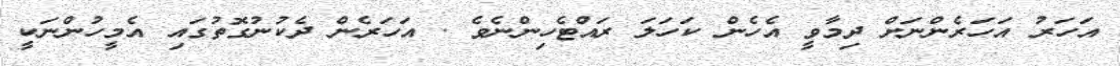
އަހަރު އަހަރެންނަށް ދިމާވީ އެހެން ކަހަލަ ރައްޓެހިންނެވެ . އަހަރެން ދެކުނުގޮތުގައި އެމީހުންނަކީ